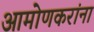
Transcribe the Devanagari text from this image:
आमोणकरांना